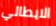
الايطالي